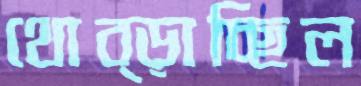
থোব্‌ড়াচ্ছিল